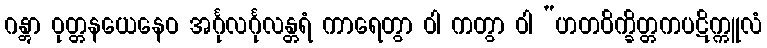
ဂန္တွာ ဝုတ္တနယေနေဝ အင်္ဂုလင်္ဂုလန္တရံ ကာရေတွာ ဝါ ကတွာ ဝါ “ဟတဝိက္ခိတ္တကပဋိက္ကူလံ